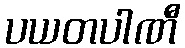
ပယတပါဏီ